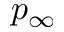
p _ { \infty }